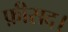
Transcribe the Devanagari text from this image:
फ़ीसद।